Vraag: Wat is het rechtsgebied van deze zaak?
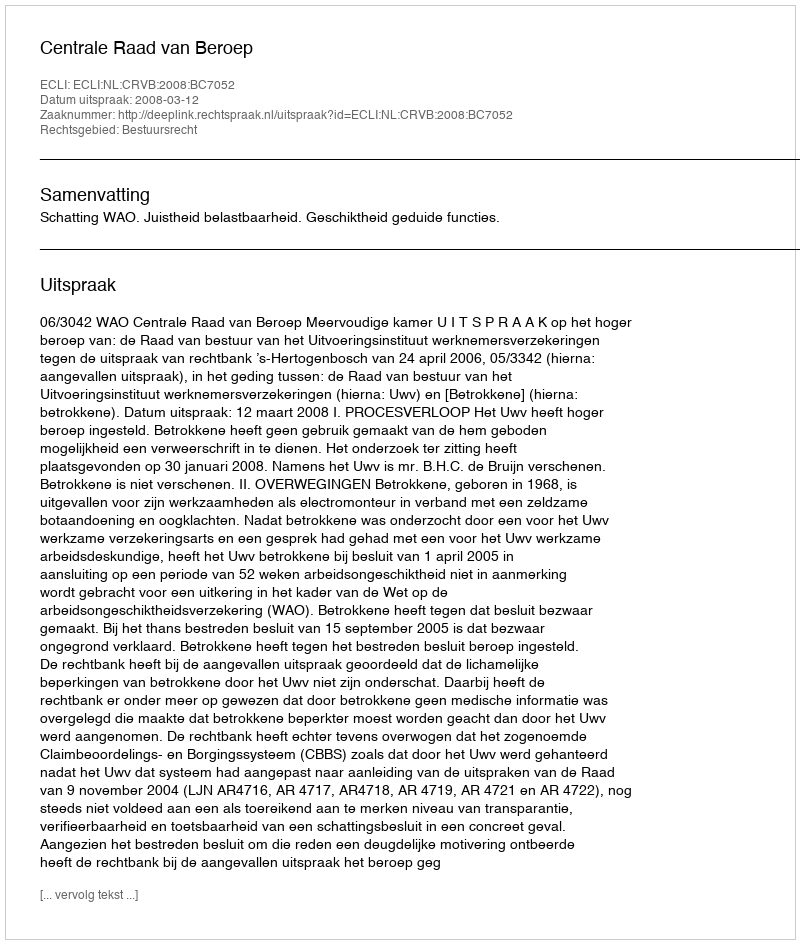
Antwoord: Bestuursrecht